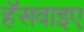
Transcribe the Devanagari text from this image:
हॅसवाइए